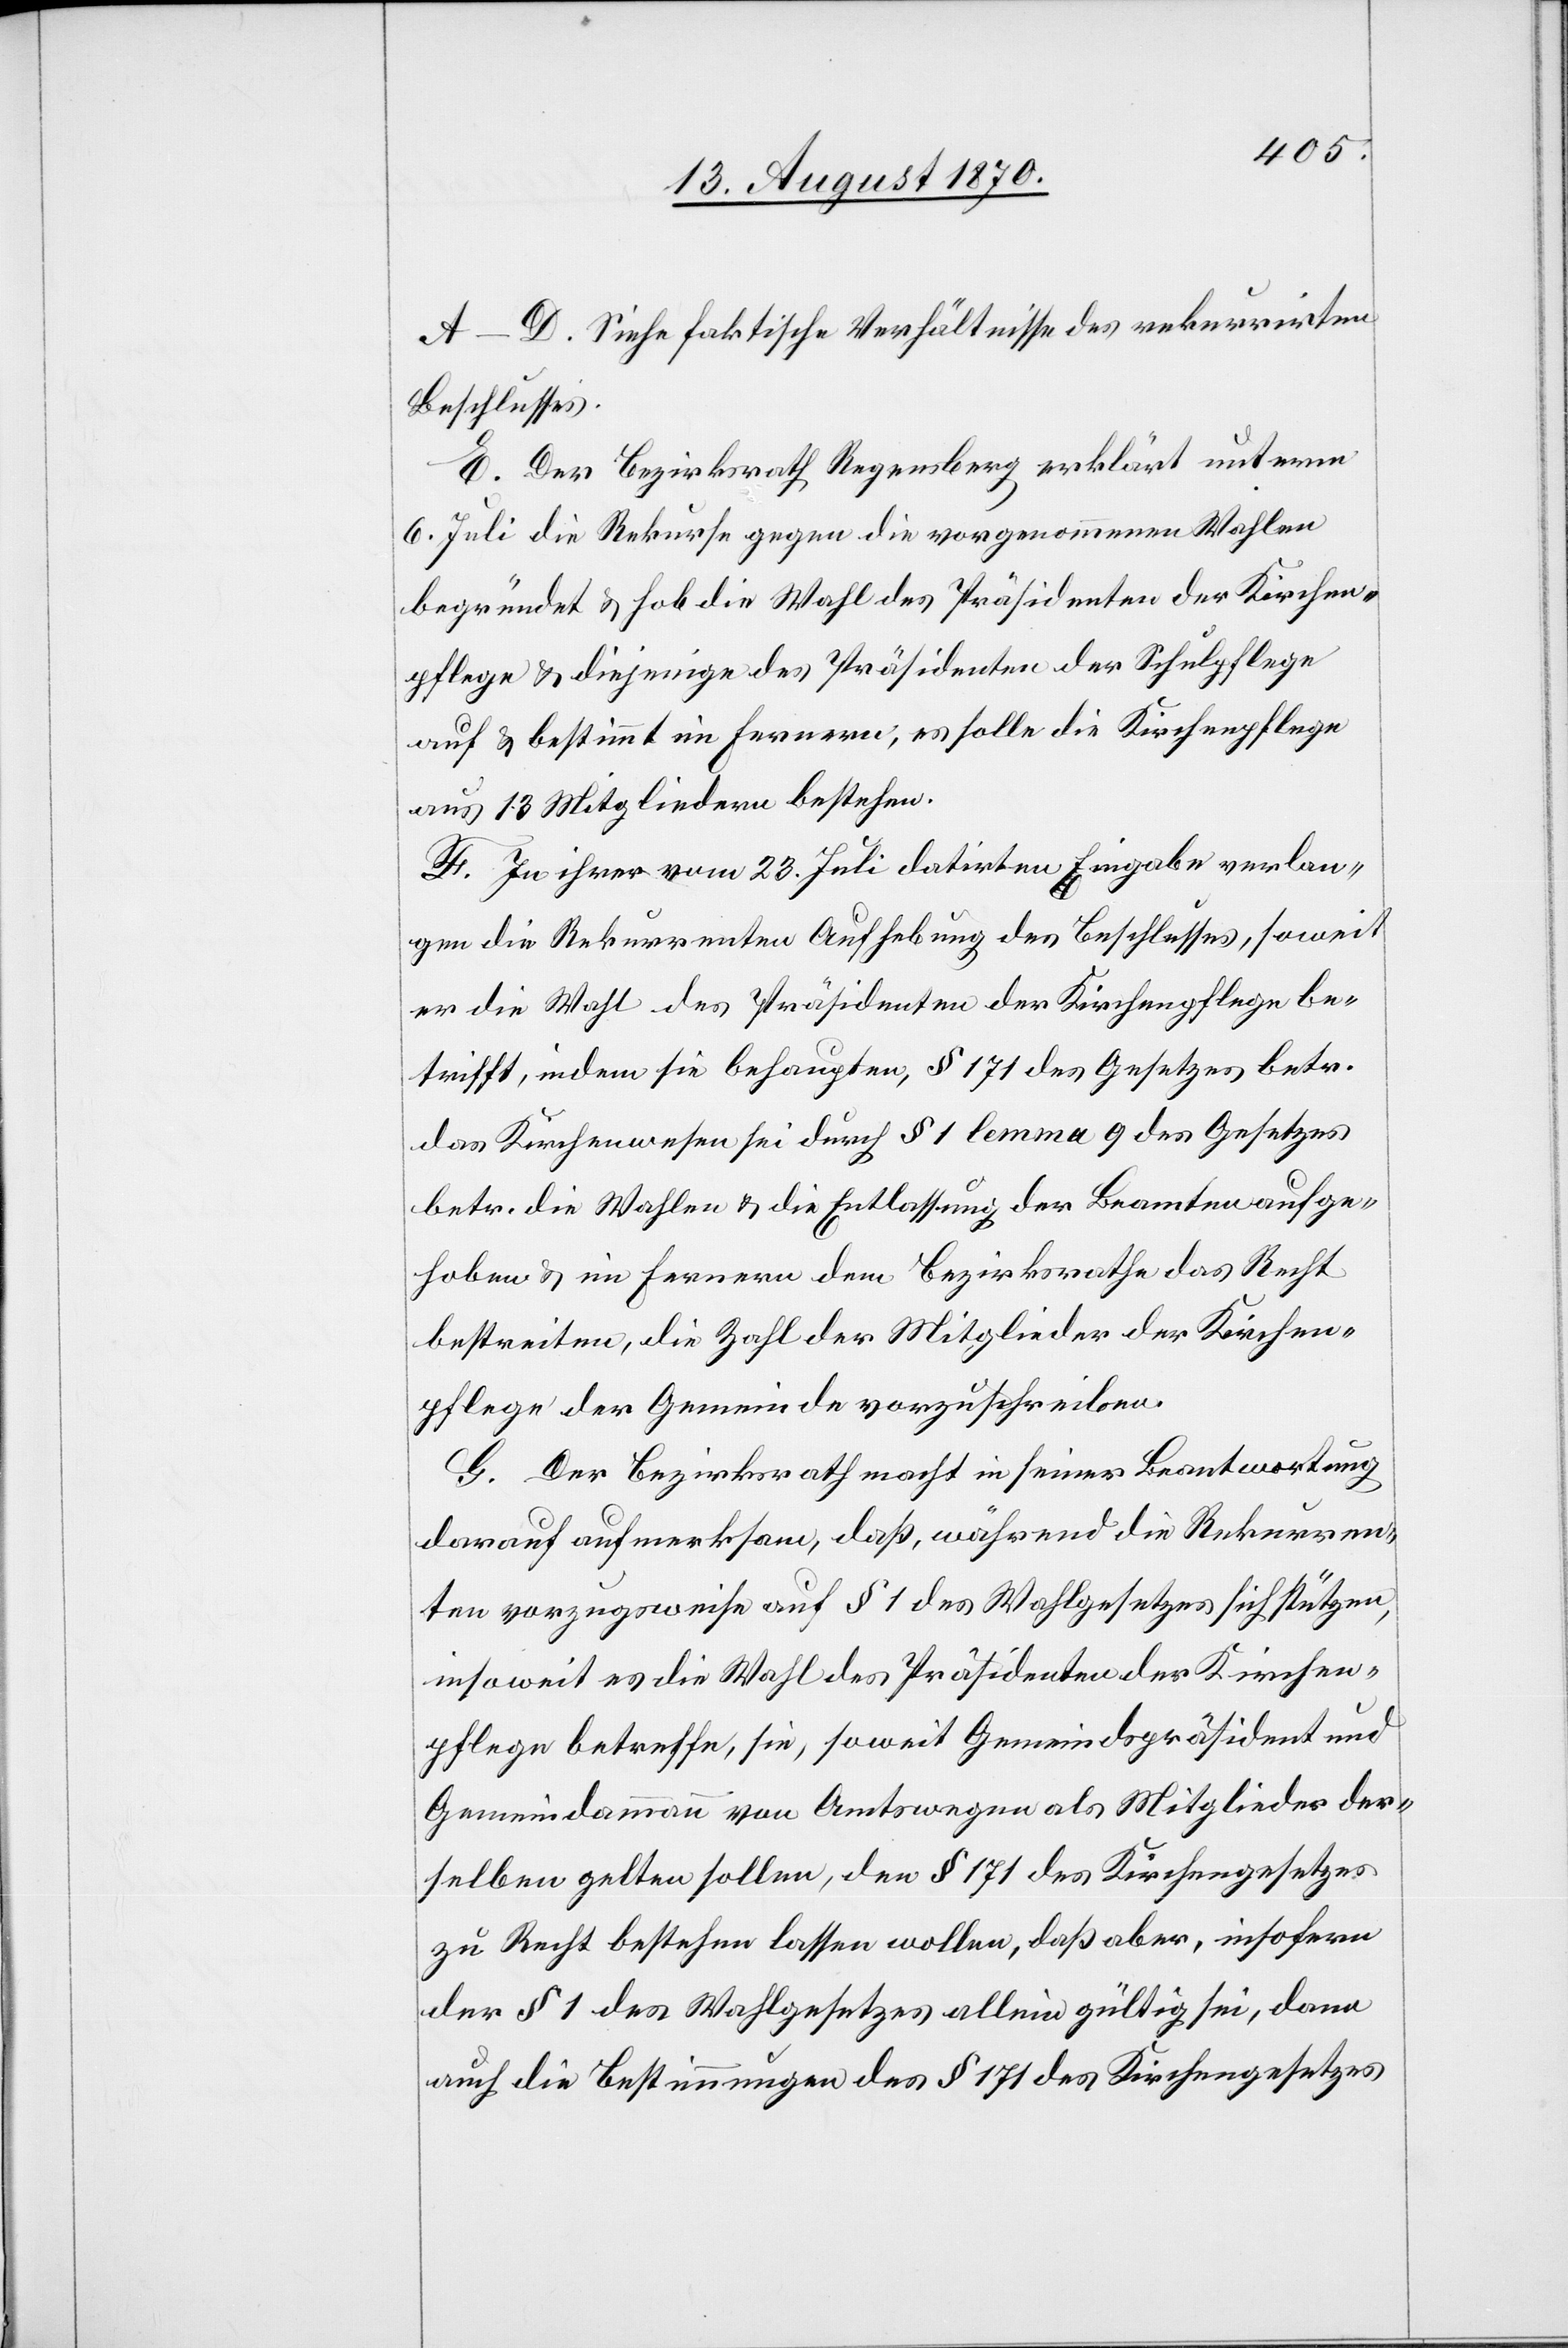
A–D. Siehe faktische Verhältnisse des rekurrirten
Beschlusses.
E. Der Bezirksrath Regensberg erklärt[e] unterm
6. Juli die Rekurse gegen die vorgenommenen Wahlen
begründet & hob die Wahl des Präsidenten der Kirchen¬
pflege & diejenige des Präsidenten der Schulpflege
auf & bestimmt[e] im Fernern, es solle die Kirchenpflege
au 13 Mitgliedern bestehen.
F. In ihrer vom 23. Juli datirten Eingabe verlan¬
gen die Rekurrenten Aufhebung des Beschlusses, soweit
er die Wahl des Präsidenten der Kirchenpflege be¬
trifft, indem sie behaupten, § 171 des Gesetzes betr.
das Kirchenwesen sei durch § 1 lemma 9 des Gesetzes
betr. die Wahlen & die Entlassung der Beamten aufge¬
hoben & im Fernern dem Bezirksrathe das Recht
bestreiten, die Zahl der Mitglieder der Kirchen¬
pflege der Gemeinde vorzuschreiben.
G. Der Bezirksrath macht in seiner Beantwortung
darauf aufmerksam, daß, während die Rekurren¬
ten vorzugsweise auf § 1 des Wahlgesetzes sich stützen,
insoweit es die Wahl des Präsidenten der Kirchen¬
pflege betreffe, sie, soweit Gemeindspräsident und
Gemeindammann von Amtswegen als Mitglieder der¬
selben gelten solle, den § 171 des Kirchengesetzes
zu Recht bestehen lassen wollen, daß aber, insofern
der § 1 des Wahlgesetzes allein gültig sei, dann
auch die Bestimmungen des § 172 des Kirchengesetzes